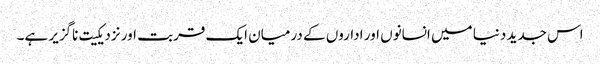
اس جدید دنیا میں انسانوں اور اداروں کے درمیان ایک قربت اور نزدیکیت ناگزیر ہے۔